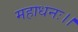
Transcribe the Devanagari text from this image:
महाधनः।।